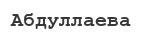
Абдуллаева